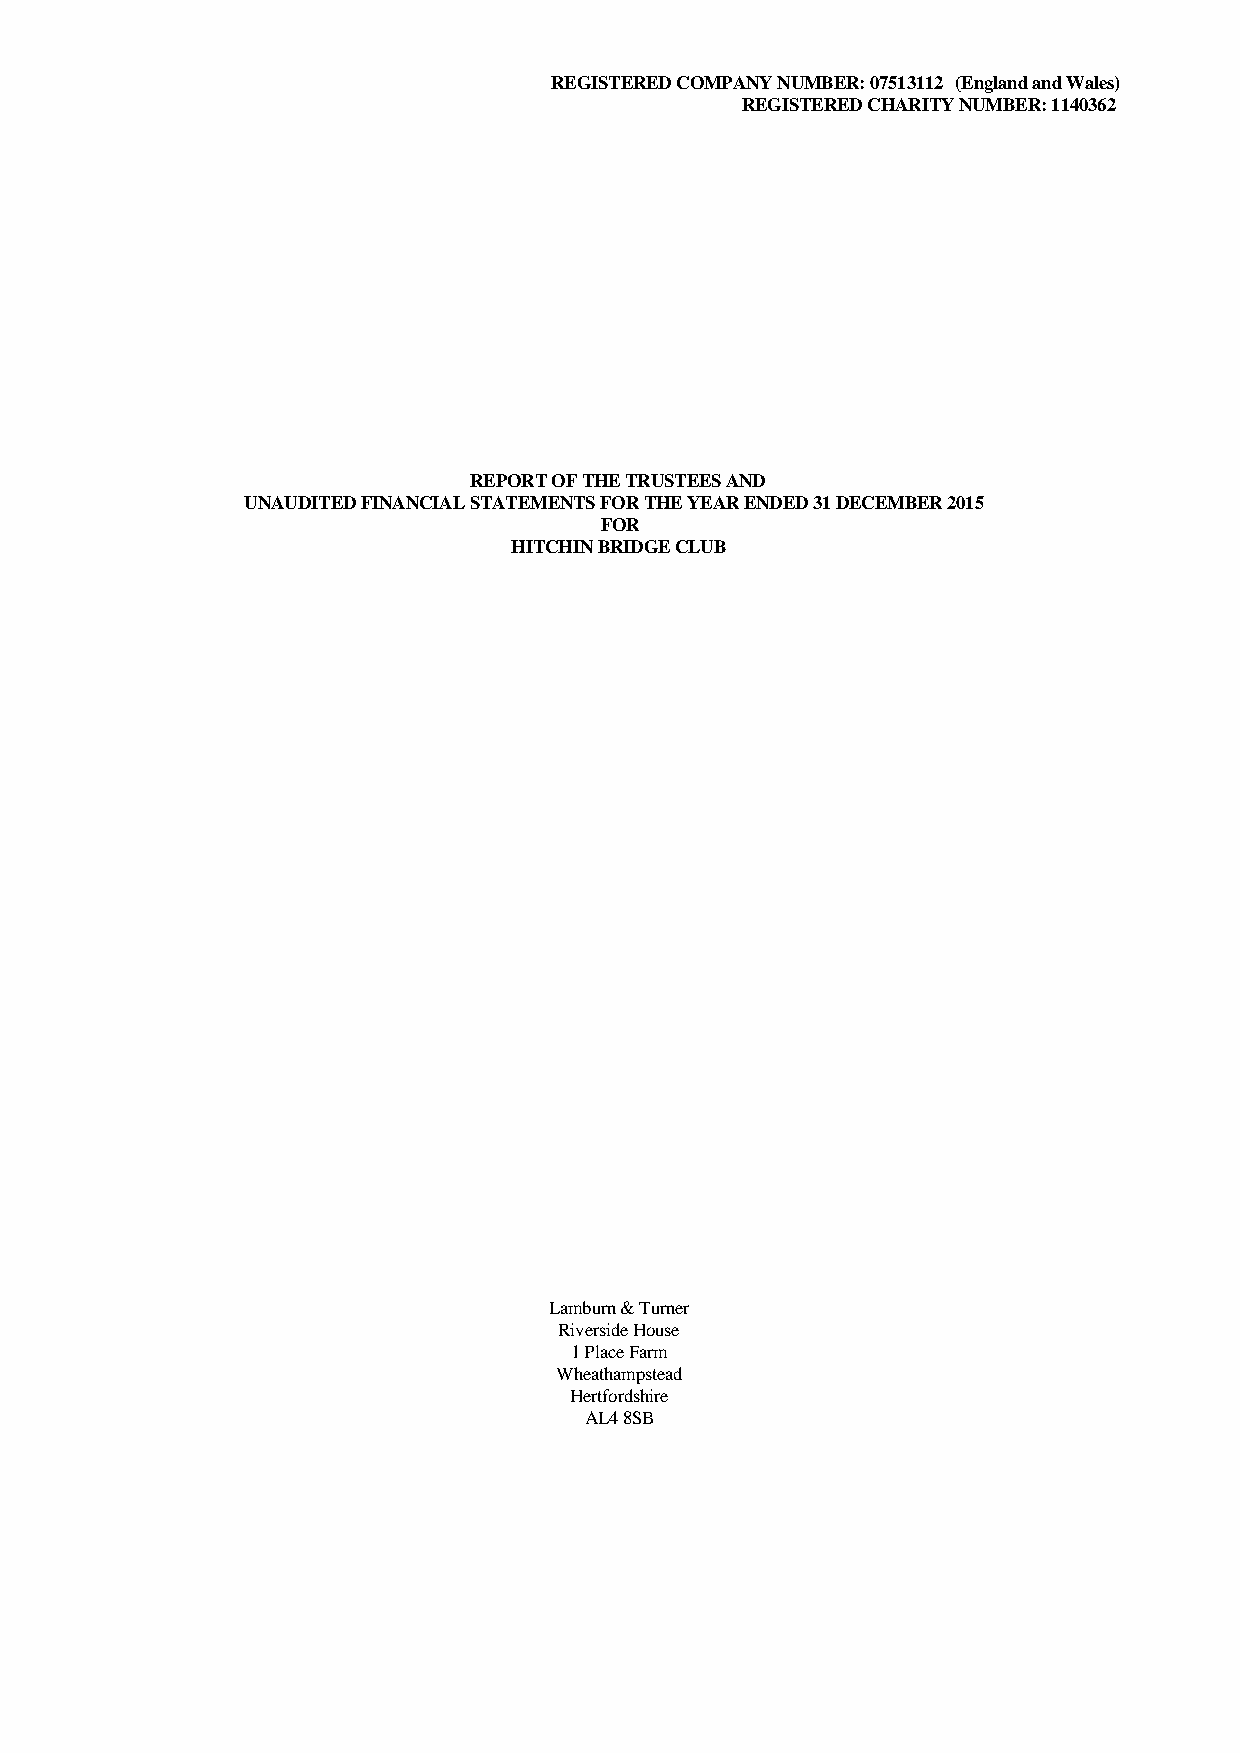
REGISTERED COMPANY NUMBER: 07513112 (England and Wales)
 REGISTERED CHARITY NUMBER: 1140362
 REPORT OF THE TRUSTEES AND
 UNAUDITED FINANCIAL STATEMENTS FOR THE YEAR ENDED 31 DECEMBER 2015
 FOR
 HITCHIN BRIDGE CLUB
 Lamburn & Turner
 Riverside House
 1 Place Farm
 Wheathampstead
 Hertfordshire
 AL4 8SB